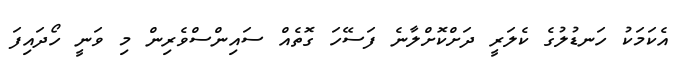
އެކަމަކު ހަނޑުލުގެ ކެލަރީ ދަށްކޮށްލާނެ ފަސޭހަ ގޮތެއް ސައިންސްވެރިން މި ވަނީ ހޯދައިފަ